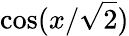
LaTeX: \cos(x/\sqrt 2)